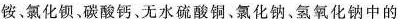
铵氯化钡，碳酸钙、无水硫酸铜、氯化钠、氢氧化钠中的